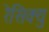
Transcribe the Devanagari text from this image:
रेसिक्यु